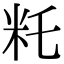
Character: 籷